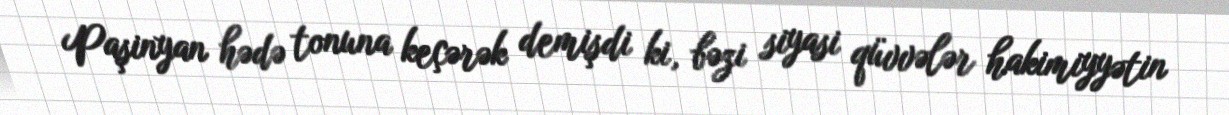
Paşinyan hədə tonuna keçərək demişdi ki, bəzi siyasi qüvvələr hakimiyyətin